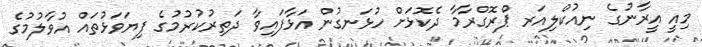
މިއީ އީރާނުގެ ނިއުކްލިއަރ ޕްރޮގްރާމާ ދެކޮޅަށް ހުޅަނގުން އަޅާފައިވާ ދަތިރުކުރުމުގެ ފިޔަވަޅުތައް އުވާލުމުގެ